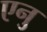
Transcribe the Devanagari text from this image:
एनु